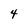
Character: 4